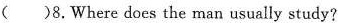
( )8.Where does the man usually study?